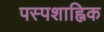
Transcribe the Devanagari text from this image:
पस्पशाह्निक